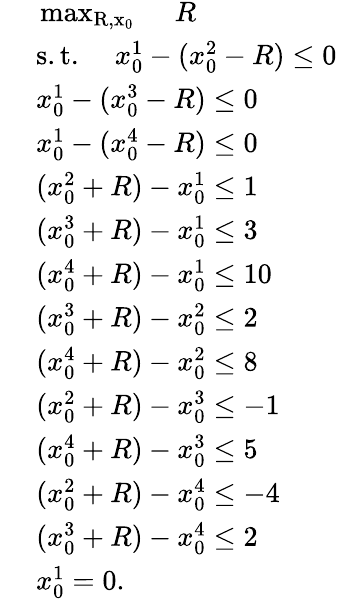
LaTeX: \begin{array}{rl}&{\mathrm{~\operatorname*{max}_{R,x_0}~}\quad R}\\ &{\; \mathrm{s.t.}\quad\; x_{0}^{1}-(x_{0}^{2}-R)\le 0}\\ &{\; x_{0}^{1}-(x_{0}^{3}-R)\le 0}\\ &{\; x_{0}^{1}-(x_{0}^{4}-R)\le 0}\\ &{\; (x_{0}^{2}+R)-x_{0}^{1}\le 1}\\ &{\; (x_{0}^{3}+R)-x_{0}^{1}\le 3}\\ &{\; (x_{0}^{4}+R)-x_{0}^{1}\le 10}\\ &{\; (x_{0}^{3}+R)-x_{0}^{2}\leq 2}\\ &{\; (x_{0}^{4}+R)-x_{0}^{2}\leq 8}\\ &{\; (x_{0}^{2}+R)-x_{0}^{3}\leq-1}\\ &{\; (x_{0}^{4}+R)-x_{0}^{3}\leq 5}\\ &{\; (x_{0}^{2}+R)-x_{0}^{4}\leq-4}\\ &{\; (x_{0}^{3}+R)-x_{0}^{4}\leq 2}\\ &{\; x_{0}^{1}=0.}\end{array}